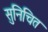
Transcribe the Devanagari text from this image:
सुनिचित